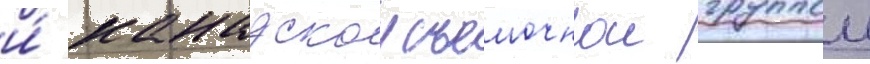
и́ канадскои съемочнои группои